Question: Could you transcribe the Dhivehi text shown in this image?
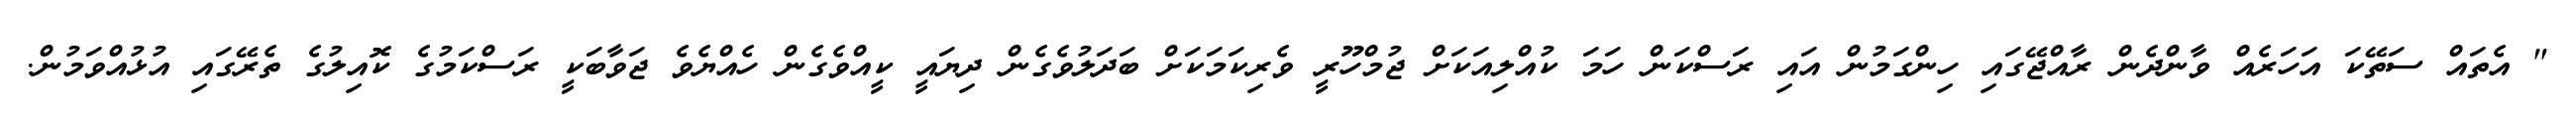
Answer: " އެތައް ސަތޭކަ އަހަރެއް ވާންދެން ރާއްޖޭގައި ހިންގަމުން އައި ރަސްކަން ހަމަ ކުއްލިއަކަށް ޖުމްހޫރީ ވެރިކަމަކަށް ބަދަލުވެގެން ދިޔައީ ކީއްވެގެން ހެއްޔެވެ ޖަވާބަކީ ރަސްކަމުގެ ކޮއިލުގެ ތެރޭގައި އުޅުއްވަމުން.